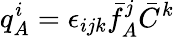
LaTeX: q_{A}^{i}=\epsilon_{ijk}\bar{f}_{A}^{j}\bar{C}^{k}